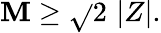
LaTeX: \mathbf{M}\geq\sqrt{}{{2}}\, \left|Z\right|.